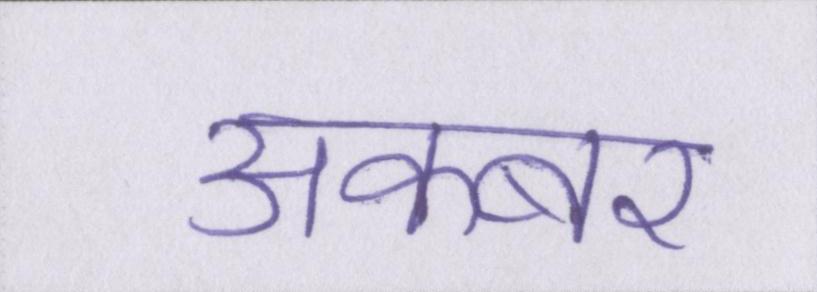
अकबर